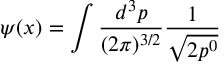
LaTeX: \psi ( x ) = \int \frac { d ^ { 3 } p } { ( 2 \pi ) ^ { 3 / 2 } } \frac { 1 } { \sqrt { 2 p ^ { 0 } } }